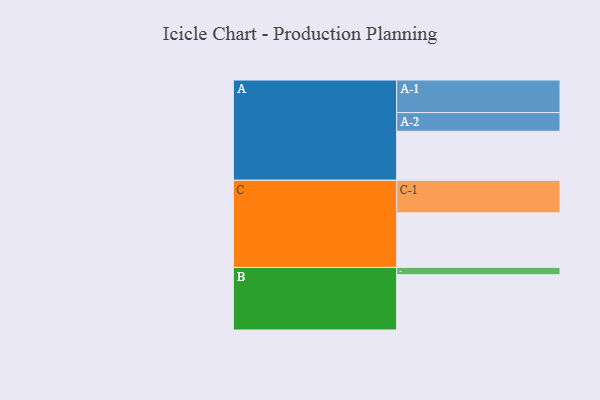
{"axis": {"x": "Segment", "y": "Value"}, "legend": ["", "A", "B", "C"], "data": [{"x": "A", "y": 355, "type": ""}, {"x": "B", "y": 400, "type": ""}, {"x": "C", "y": 395, "type": ""}, {"x": "A-1", "y": 236, "type": "A"}, {"x": "A-2", "y": 135, "type": "A"}, {"x": "B-1", "y": 53, "type": "B"}, {"x": "C-1", "y": 236, "type": "C"}]}